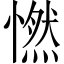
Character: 㦓